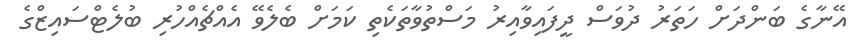
އޭނާގެ ބަންދަށް ހަތަރު ދުވަސް ދީފައިވާއިރު މަސްތުވާތަކެތި ކަމަށް ބެލެވޭ އެއްޗެއްހުރި ބުލެޓްސައިޒްގެ